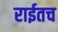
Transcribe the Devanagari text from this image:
राईतच